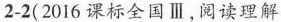
2-2(2016 课标全国Ⅲ,阅读理解